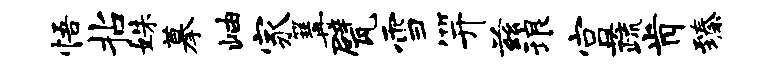
悟拈姝摹岫家篝甓雪笄兹琅宫蔬肯臻